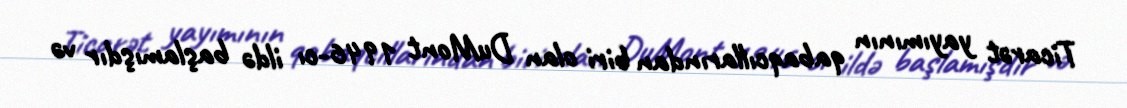
Ticarət yayımının qabaqcıllarından biri olan DuMont 1946-cı ildə başlamışdır və